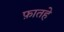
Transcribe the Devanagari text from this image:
फ़ातहे